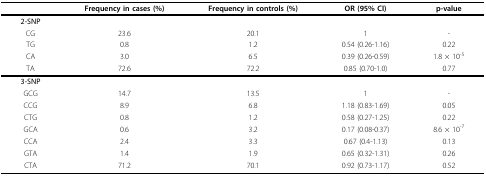
|  | Frequency in cases (%) | Frequency in controls (%) | OR (95% CI) | p-value |
 | --- | --- | --- | --- | --- |
 | 2-SNP |  |  |  |  |
 | CG | 23.6 | 20.1 | 1 | - |
 | TG | 0.8 | 1.2 | 0.54 (0.26-1.16) | 0.22 |
 | CA | 3.0 | 6.5 | 0.39 (0.26-0.59) | 1.8 × 10-5 |
 | TA | 72.6 | 72.2 | 0.85 (0.70-1.0) | 0.77 |
 | 3-SNP |  |  |  |  |
 | GCG | 14.7 | 13.5 | 1 | - |
 | CCG | 8.9 | 6.8 | 1.18 (0.83-1.69) | 0.05 |
 | CTG | 0.8 | 1.2 | 0.58 (0.27-1.25) | 0.22 |
 | GCA | 0.6 | 3.2 | 0.17 (0.08-0.37) | 8.6 × 10-7 |
 | CCA | 2.4 | 3.3 | 0.67 (0.4-1.13) | 0.13 |
 | GTA | 1.4 | 1.9 | 0.65 (0.32-1.31) | 0.26 |
 | CTA | 71.2 | 70.1 | 0.92 (0.73-1.17) | 0.52 |